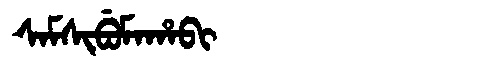
Manchu: ᠰᠠᠮᠰᡳᠪᡠᠮᠠᡥᠠᠪᡳ
Romanization: SAMSIBUMAHABI